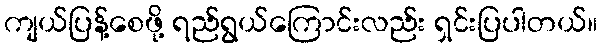
ကျယ်ပြန့်စေဖို့ ရည်ရွယ်ကြောင်းလည်း ရှင်းပြပါတယ်။